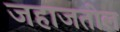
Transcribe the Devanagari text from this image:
जहाजतील